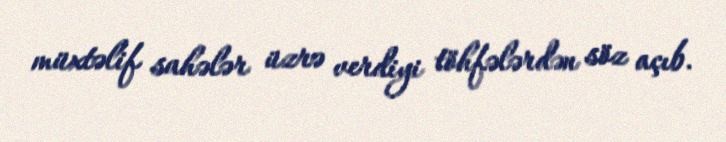
müxtəlif sahələr üzrə verdiyi töhfələrdən söz açıb.